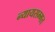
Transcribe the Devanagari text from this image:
न्यायसम्मत